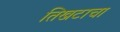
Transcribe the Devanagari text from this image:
तिखटाचा